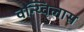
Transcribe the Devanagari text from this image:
वन्य्विलास